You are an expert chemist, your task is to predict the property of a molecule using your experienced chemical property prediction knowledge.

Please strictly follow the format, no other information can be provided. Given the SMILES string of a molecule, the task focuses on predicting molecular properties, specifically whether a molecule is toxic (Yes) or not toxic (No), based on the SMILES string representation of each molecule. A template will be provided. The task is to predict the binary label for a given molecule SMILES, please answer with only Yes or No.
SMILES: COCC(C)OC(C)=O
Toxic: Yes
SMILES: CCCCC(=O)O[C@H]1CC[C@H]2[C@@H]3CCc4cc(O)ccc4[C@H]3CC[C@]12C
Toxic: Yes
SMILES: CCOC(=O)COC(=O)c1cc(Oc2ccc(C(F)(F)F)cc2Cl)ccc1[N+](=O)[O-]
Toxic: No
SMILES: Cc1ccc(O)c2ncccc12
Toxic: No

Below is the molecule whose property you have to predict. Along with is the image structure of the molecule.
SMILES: O=C1NC(=O)c2cccc3cccc1c23
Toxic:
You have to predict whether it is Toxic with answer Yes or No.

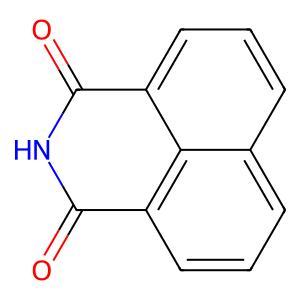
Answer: No